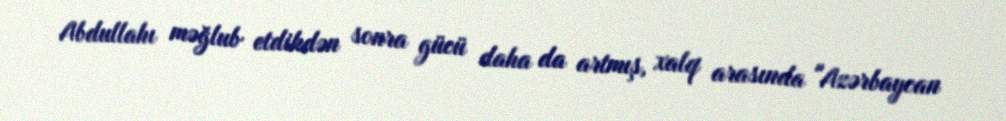
Abdullahı məğlub etdikdən sonra gücü daha da artmış, xalq arasında "Azərbaycan